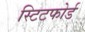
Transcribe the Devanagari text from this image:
स्टिटफोर्ड